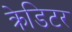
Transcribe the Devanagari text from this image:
क्रेडिटर